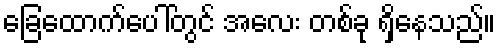
ခြေထောက်ပေါ်တွင် အလေး တစ်ခု ရှိနေသည်။